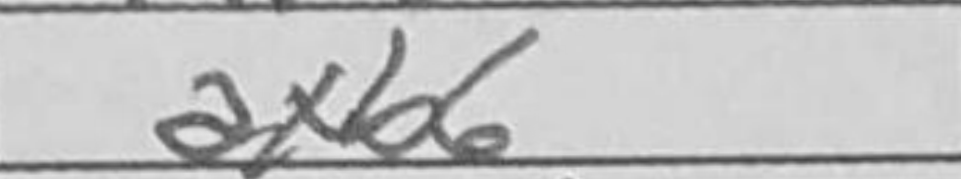
Transcription: axb6